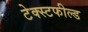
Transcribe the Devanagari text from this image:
टेक्स्टफील्ड